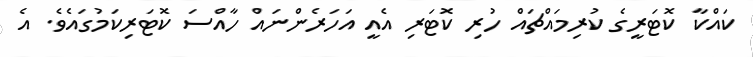
ކައްކާ ކޮޓަރީގެ ކުރިމައްޗައް ހުރި ކޮޓަރި އެއީ އަހަރެންނައް ހާއްސަ ކޮޓަރިކަމުގައެވެ. އެ